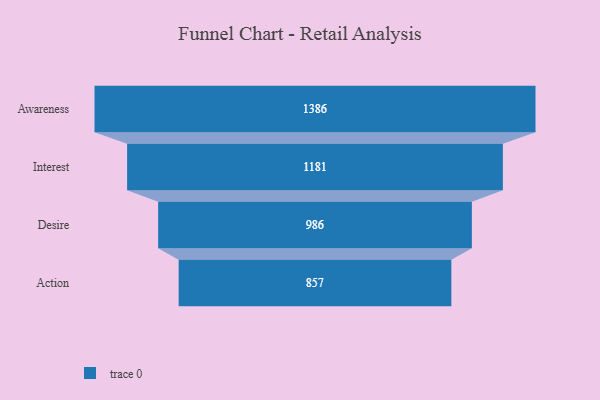
{"axis": {"x": "Stage", "y": "Value"}, "legend": [""], "data": [{"x": "Awareness", "y": 1386.0, "type": ""}, {"x": "Interest", "y": 1181.0, "type": ""}, {"x": "Desire", "y": 986.0, "type": ""}, {"x": "Action", "y": 857.0, "type": ""}]}